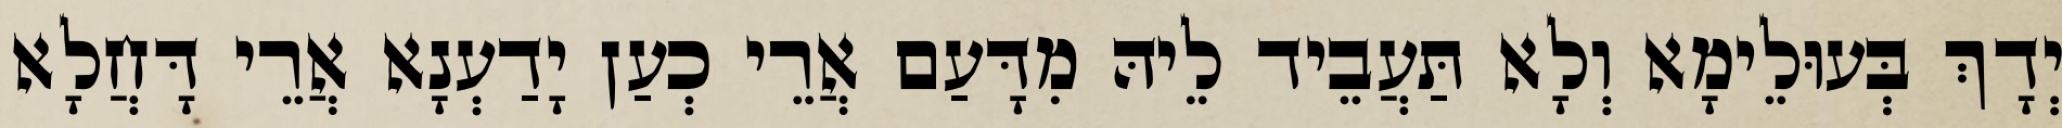
יְדָךְ בְּעוּלֵימָא וְלָא תַּעֲבֵיד לֵיהּ מִדָּעַם אֲרֵי כְעַן יָדַעְנָא אֲרֵי דָּחֲלָא